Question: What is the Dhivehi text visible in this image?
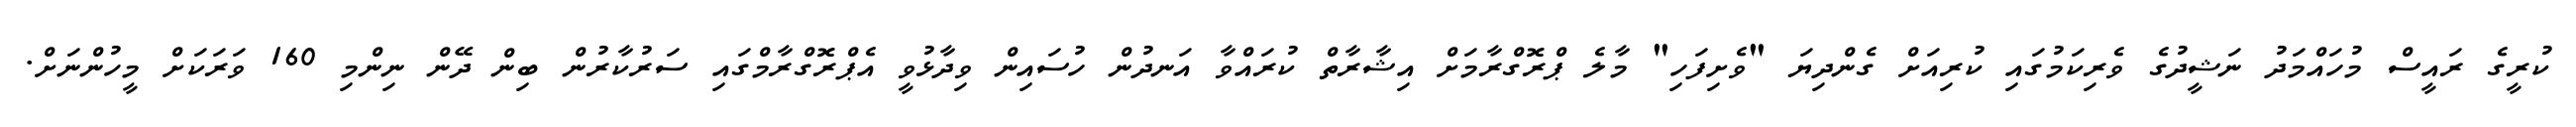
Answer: ކުރީގެ ރައީސް މުހައްމަދު ނަޝީދުގެ ވެރިކަމުގައި ކުރިއަށް ގެންދިޔަ "ވެށިފަހި" މާލެ ޕްރޮގްރާމަށް އިޝާރާތް ކުރައްވާ އަނދުން ހުސައިން ވިދާޅުވީ އެޕްރޮގްރާމްގައި ސަރުކާރުން ބިން ދޭން ނިންމި 160 ވަރަކަށް މީހުންނަށް.